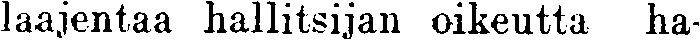
laajentaa hallitsijan oikeutta ha-